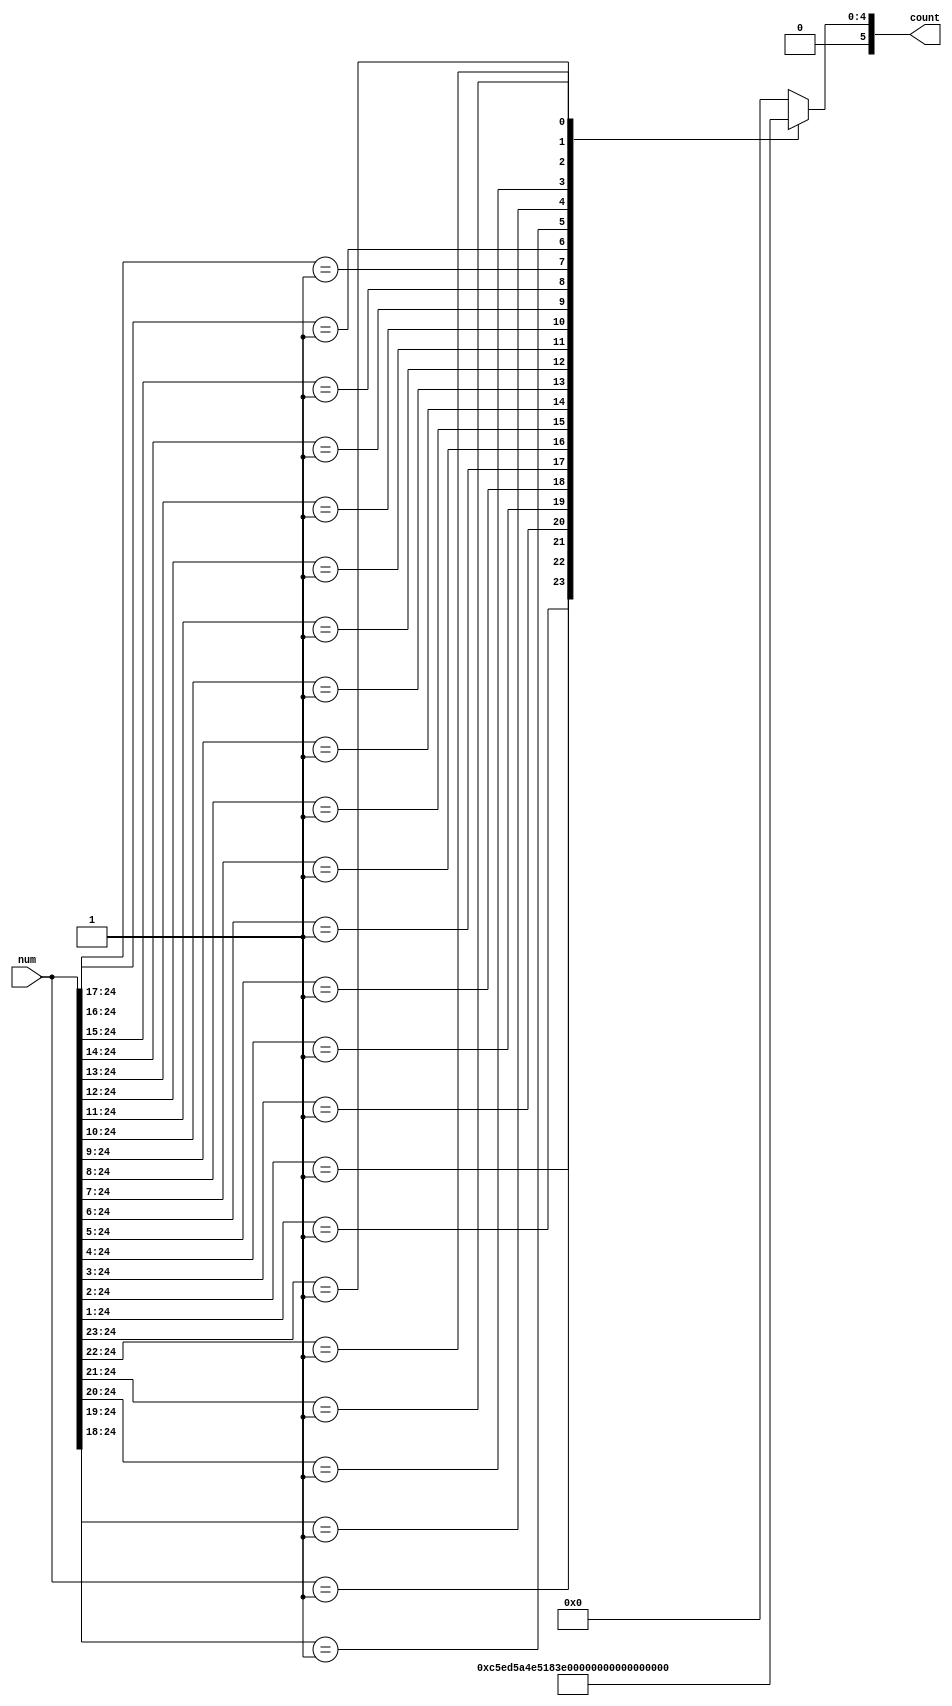
module LZCAdd(
input [24:0] num,
output reg [5:0] count);

always @(*)  
casex (num)  
	25'b0000000000000000000000001: count=6'd24;
	25'b000000000000000000000001x: count=6'd23;
	25'b00000000000000000000001xx: count=6'd22;
	25'b0000000000000000000001xxx: count=6'd21;
	25'b000000000000000000001xxxx: count=6'd20;
	25'b00000000000000000001xxxxx: count=6'd19;
	25'b0000000000000000001xxxxxx: count=6'd18;
	25'b000000000000000001xxxxxxx: count=6'd17;
	25'b00000000000000001xxxxxxxx: count=6'd16;
	25'b0000000000000001xxxxxxxxx: count=6'd15;
	25'b000000000000001xxxxxxxxxx: count=6'd14;
	25'b00000000000001xxxxxxxxxxx: count=6'd13;
	25'b0000000000001xxxxxxxxxxxx: count=6'd12;
	25'b000000000001xxxxxxxxxxxxx: count=6'd11;
	25'b00000000001xxxxxxxxxxxxxx: count=6'd10;
	25'b0000000001xxxxxxxxxxxxxxx: count=6'd9;
	25'b000000001xxxxxxxxxxxxxxxx: count=6'd8;
	25'b00000001xxxxxxxxxxxxxxxxx: count=6'd7;
	25'b0000001xxxxxxxxxxxxxxxxxx: count=6'd6;
	25'b000001xxxxxxxxxxxxxxxxxxx: count=6'd5;
	25'b00001xxxxxxxxxxxxxxxxxxxx: count=6'd4;
	25'b0001xxxxxxxxxxxxxxxxxxxxx: count=6'd3;
	25'b001xxxxxxxxxxxxxxxxxxxxxx: count=6'd2;
	25'b01xxxxxxxxxxxxxxxxxxxxxxx: count=6'd1;
  
default: count=6'b000000;  
endcase  

endmodule